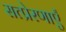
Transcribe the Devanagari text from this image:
सत्प्रेरणाएँ